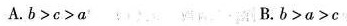
A.$$b > c > a$$ B.$$b > a > c$$